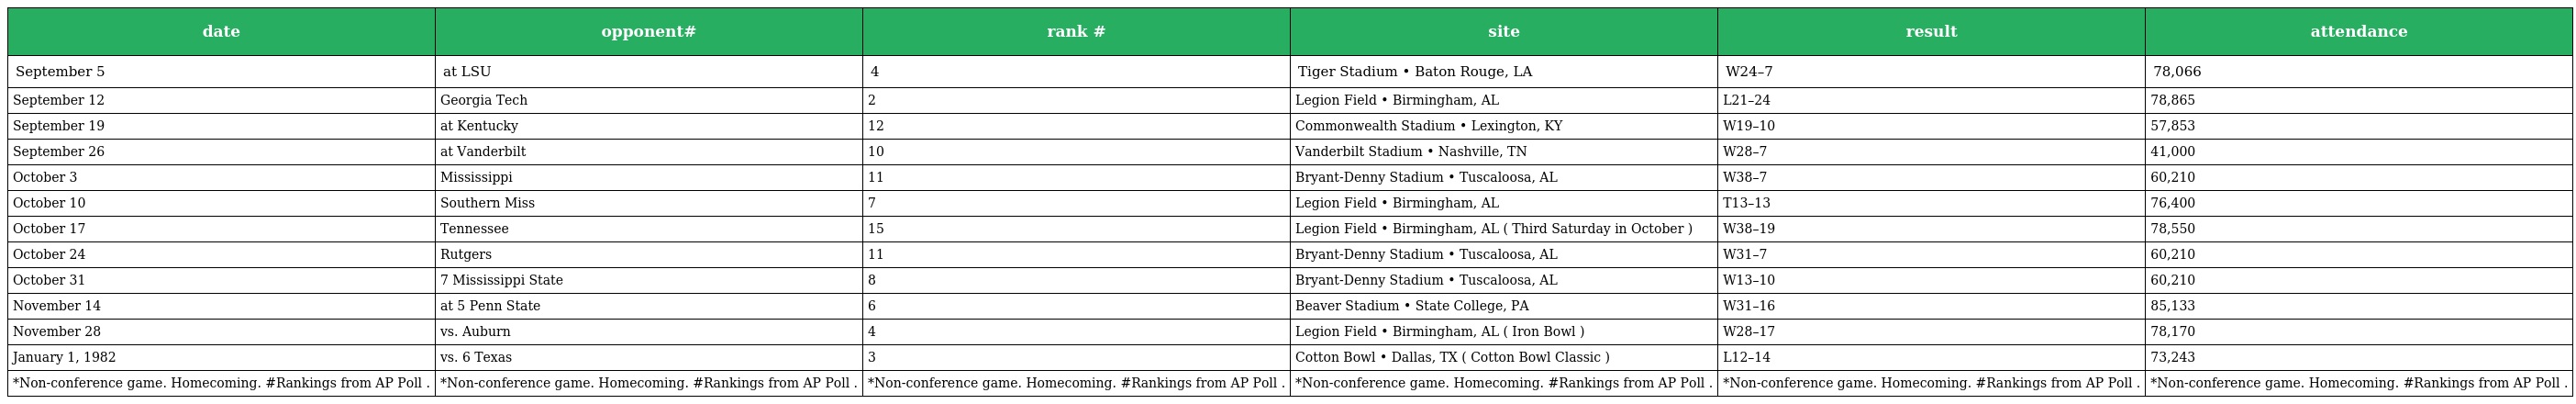
| date | opponent# | rank # | site | result | attendance |
 | --- | --- | --- | --- | --- | --- |
 | September 5 | at LSU | 4 | Tiger Stadium • Baton Rouge, LA | W24–7 | 78,066 |
 | September 12 | Georgia Tech | 2 | Legion Field • Birmingham, AL | L21–24 | 78,865 |
 | September 19 | at Kentucky | 12 | Commonwealth Stadium • Lexington, KY | W19–10 | 57,853 |
 | September 26 | at Vanderbilt | 10 | Vanderbilt Stadium • Nashville, TN | W28–7 | 41,000 |
 | October 3 | Mississippi | 11 | Bryant-Denny Stadium • Tuscaloosa, AL | W38–7 | 60,210 |
 | October 10 | Southern Miss | 7 | Legion Field • Birmingham, AL | T13–13 | 76,400 |
 | October 17 | Tennessee | 15 | Legion Field • Birmingham, AL ( Third Saturday in October ) | W38–19 | 78,550 |
 | October 24 | Rutgers | 11 | Bryant-Denny Stadium • Tuscaloosa, AL | W31–7 | 60,210 |
 | October 31 | 7 Mississippi State | 8 | Bryant-Denny Stadium • Tuscaloosa, AL | W13–10 | 60,210 |
 | November 14 | at 5 Penn State | 6 | Beaver Stadium • State College, PA | W31–16 | 85,133 |
 | November 28 | vs. Auburn | 4 | Legion Field • Birmingham, AL ( Iron Bowl ) | W28–17 | 78,170 |
 | January 1, 1982 | vs. 6 Texas | 3 | Cotton Bowl • Dallas, TX ( Cotton Bowl Classic ) | L12–14 | 73,243 |
 | *Non-conference game. Homecoming. #Rankings from AP Poll . | *Non-conference game. Homecoming. #Rankings from AP Poll . | *Non-conference game. Homecoming. #Rankings from AP Poll . | *Non-conference game. Homecoming. #Rankings from AP Poll . | *Non-conference game. Homecoming. #Rankings from AP Poll . | *Non-conference game. Homecoming. #Rankings from AP Poll . |